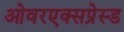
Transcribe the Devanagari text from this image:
ओवरएक्सप्रेस्ड